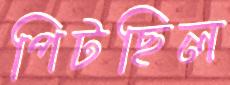
পিটছিল